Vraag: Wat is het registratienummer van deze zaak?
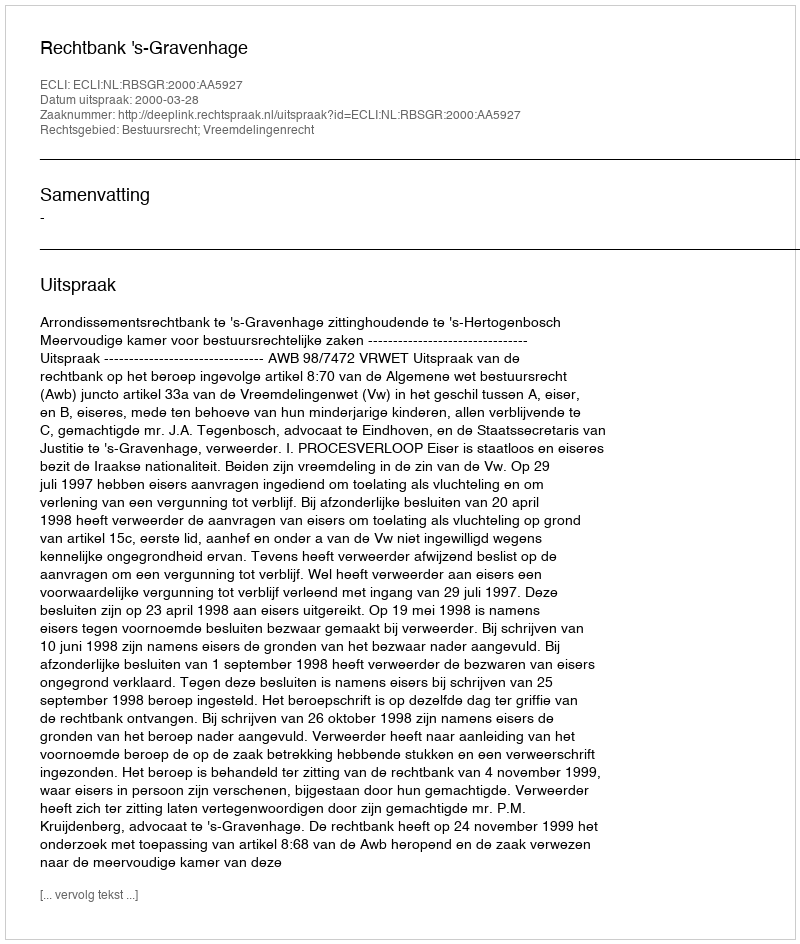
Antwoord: http://deeplink.rechtspraak.nl/uitspraak?id=ECLI:NL:RBSGR:2000:AA5927